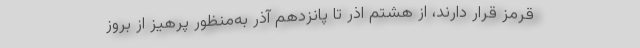
قرمز قرار دارند، از هشتم اذر تا پانزدهم آذر به‌منظور پرهیز از بروز